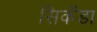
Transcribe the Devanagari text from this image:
सिकॅडा